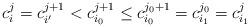
LaTeX: \begin{align*}c^j_i = c^{j+1}_{i'} < c^{j+1}_{i_0} \leq c^{j_0+1}_{i_0} = c^{j_0}_{i_1} = c^j_{i_1}\end{align*}